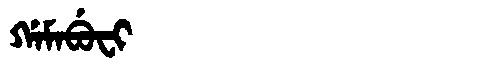
Manchu: ᡤᠠᠮᠠᠪᡠᠸᡳ
Romanization: GAMABUFI